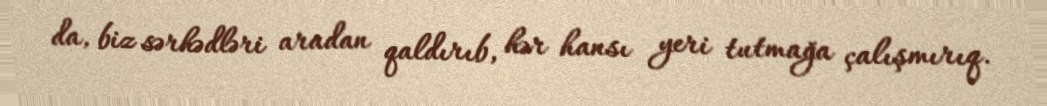
da, biz sərhədləri aradan qaldırıb, hər hansı yeri tutmağa çalışmırıq.